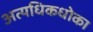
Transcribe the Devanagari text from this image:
अत्यधिकधोका